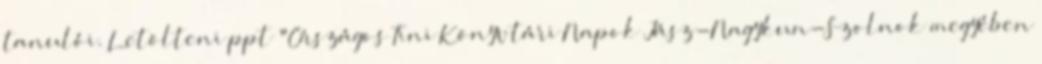
tanulói. Letölteni ppt "Országos Tini Könyvtári Napok Jász-Nagykun-Szolnok megyében